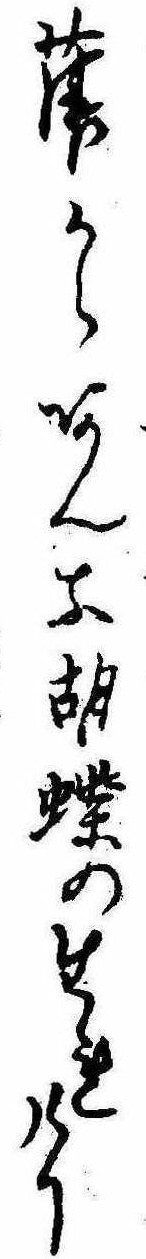
葎からあんな胡蝶の生れけり